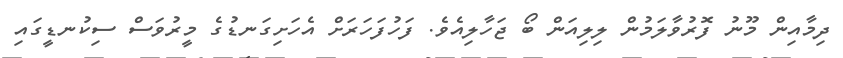
ދިމާއިން މޫނު ފޮރުވާލަމުން ލިލިއަން ބޯ ޖަހާލިއެވެ. ފަހުފަހަރަށް އެހަށިގަނޑުގެ މީރުވަސް ސިކުނޑީގައި